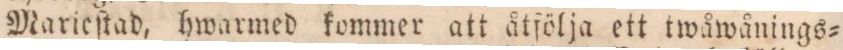
Marieſtad, hwarmed kommer att åtfölja ett twåwånings=